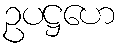
ဥပဋ္ဌဟေ